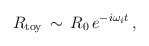
\begin{align*}R_{\rm toy}\, \sim \, R_0\, e^{-i \omega_i t}\,,\end{align*}